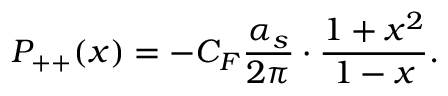
P _ { + + } ( x ) = - C _ { F } { \frac { \alpha _ { s } } { 2 \pi } } \cdot { \frac { 1 + x ^ { 2 } } { 1 - x } } .